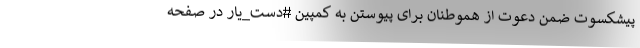
پیشکسوت ضمن دعوت از هموطنان برای پیوستن به کمپین #دست_یار در صفحه